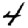
Digit: 4